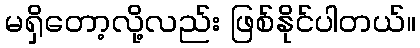
မရှိတော့လို့လည်း ဖြစ်နိုင်ပါတယ်။